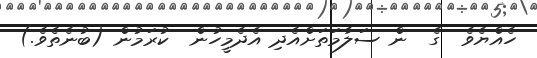
ހެއްޔެވެ  ގެ  ން ސަލާމަތަށްއެދި އެދެމީހުން  ކުރަމުން (ބުނެތެވެ.)